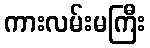
ကားလမ်းမကြီး